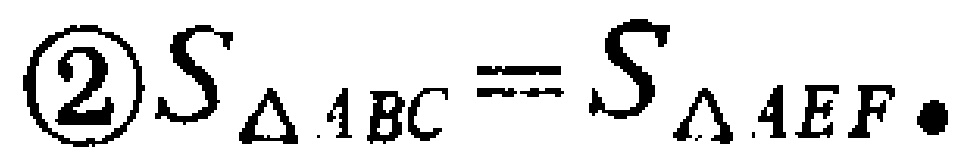
\textcircled{2} $S_{\triangle ABC}=S_{\triangle AEF} \bullet$